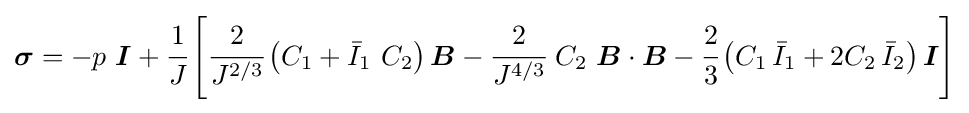
{\boldsymbol {\sigma }}=-p~{\boldsymbol {I}}+{\cfrac {1}{J}}\left[{\cfrac {2}{J^{2/3}}}\left(C_{1}+{\bar {I}}_{1}~C_{2}\right){\boldsymbol {B}}-{\cfrac {2}{J^{4/3}}}~C_{2}~{\boldsymbol {B}}\cdot {\boldsymbol {B}}-{\cfrac {2}{3}}\left(C_{1}\,{\bar {I}}_{1}+2C_{2}\,{\bar {I}}_{2}\right){\boldsymbol {I}}\right]